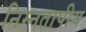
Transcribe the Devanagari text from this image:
निम्नतापीय